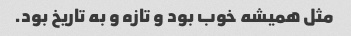
مثل همیشه خوب بود و تازه و به تاریخ بود.